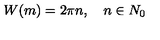
W ( m ) = 2 \pi n , \quad n \in N _ { 0 }